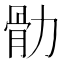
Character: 䯇